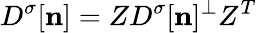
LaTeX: D^{\sigma}[{\mathbf n}]=Z{D^{\sigma}}[{\mathbf n}]^{\perp}Z^{T}